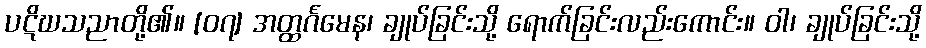
ပဋိဃသညာတို့၏။ [၀၇] အတ္ထင်္ဂမေန၊ ချုပ်ခြင်းသို့ ရောက်ခြင်းလည်းကောင်း။ ဝါ၊ ချုပ်ခြင်းသို့